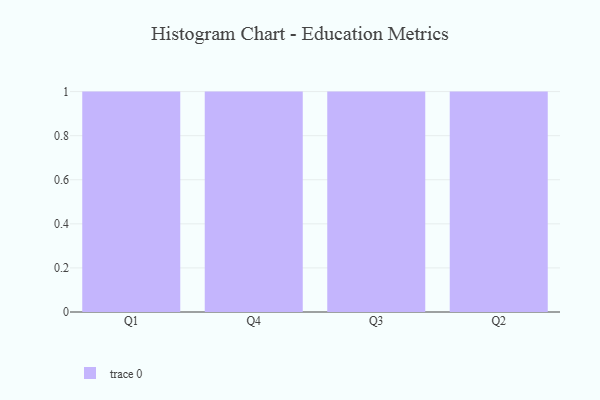
{"axis": {"x": "Quarter", "y": "Satisfaction Score"}, "legend": [""], "data": [{"x": "Q1", "y": 1, "type": ""}, {"x": "Q4", "y": 56, "type": ""}, {"x": "Q3", "y": 62, "type": ""}, {"x": "Q2", "y": 89, "type": ""}]}